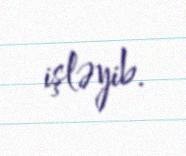
işləyib.